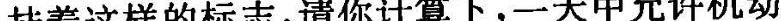
挂着这样的标志，请你计算下，一天中允许机动